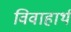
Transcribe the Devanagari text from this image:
विवाहार्थ